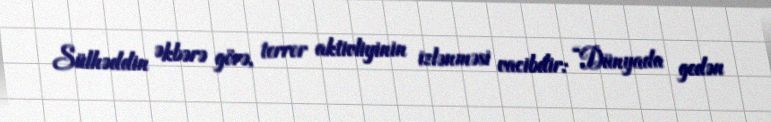
Sülhəddin Əkbərə görə, terror aktivliyinin izlənməsi vacibdir: “Dünyada gedən